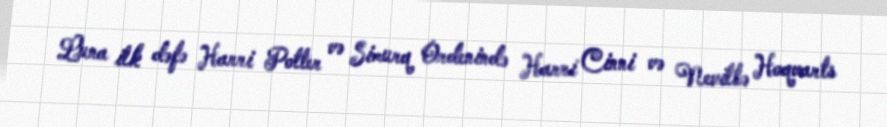
Luna ilk dəfə Harri Potter və Simurq Ordenində Harri Cinni və Nevillə Hoqvarts